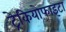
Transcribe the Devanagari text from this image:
ट्रेकियोफाइटा